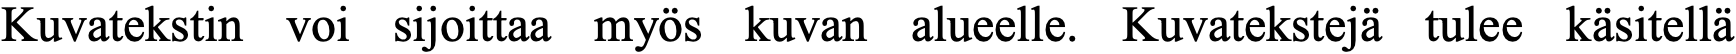
Kuvatekstin voi sijoittaa myös kuvan alueelle. Kuvatekstejä tulee käsitellä